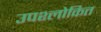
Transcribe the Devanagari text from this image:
उपश्लोकित